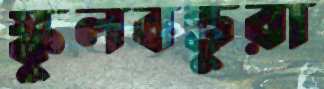
স্কুলবন্ধুরা